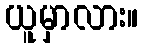
ယူမှာလား။